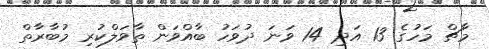
މާޗް މަހުގެ 13 އަދި 14 ވަނަ ދުވަހު ބާއްވަން ތާވަލްކުރި މުބާރާތް